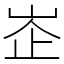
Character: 峜